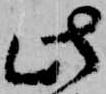
此